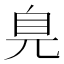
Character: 𦣾